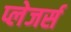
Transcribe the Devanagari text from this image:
प्लेजर्स